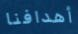
أهدافنا